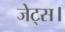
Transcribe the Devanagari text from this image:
जेट्स।